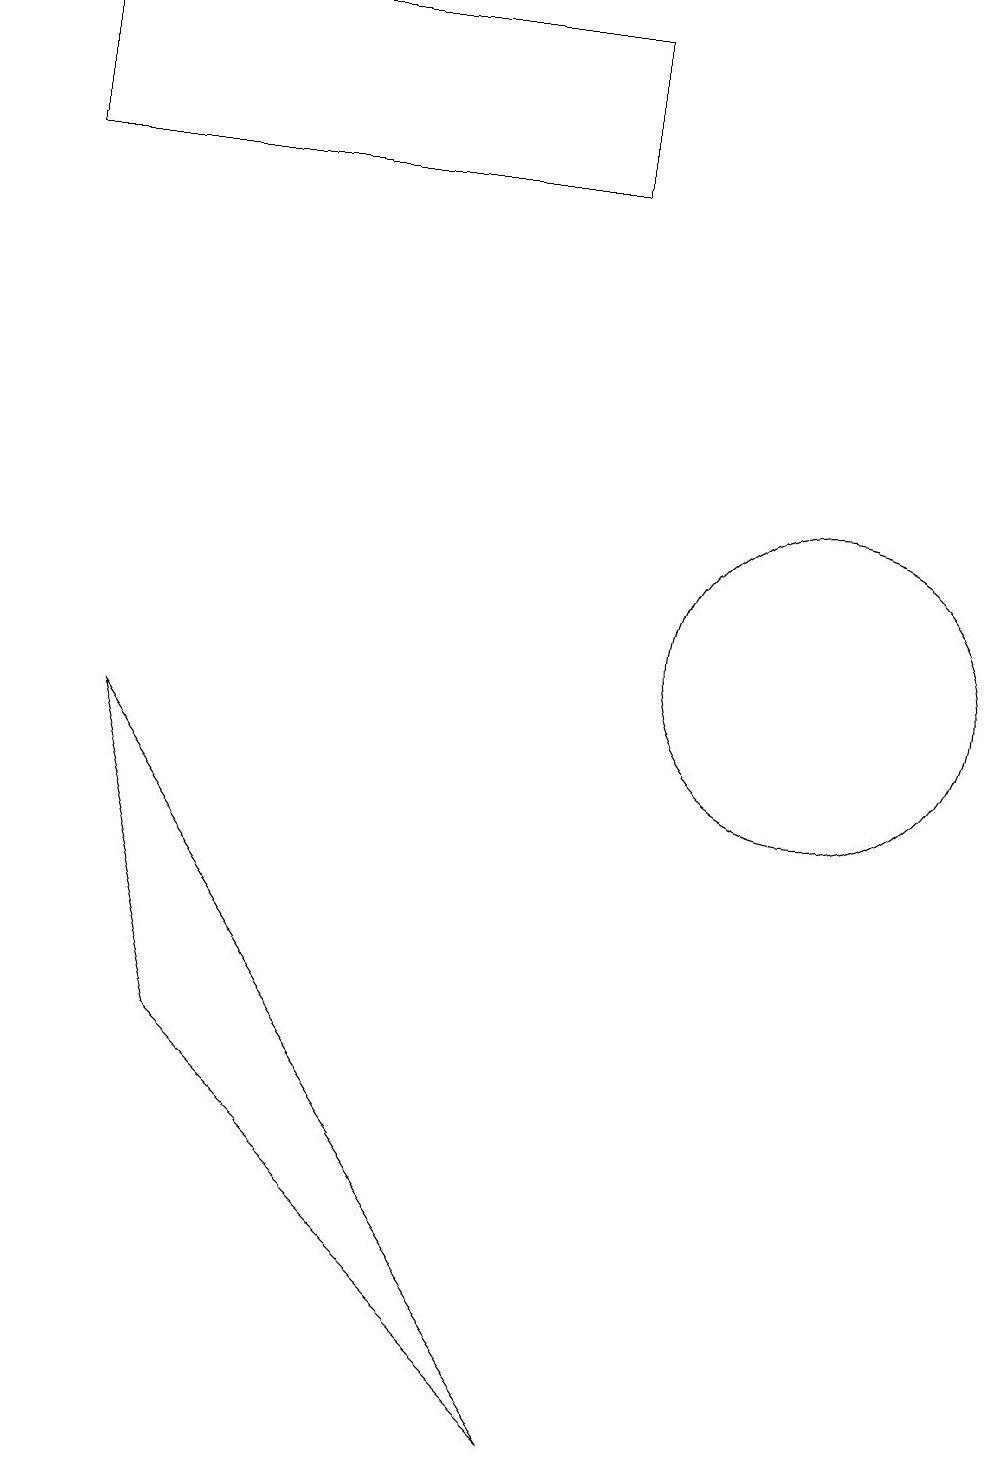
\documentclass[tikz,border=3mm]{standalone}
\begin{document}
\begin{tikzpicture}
\draw (12,10) circle (2);
\draw (9,0) -- (4,5) -- (3,9) -- cycle;
\draw (2,18) rectangle (9,16);
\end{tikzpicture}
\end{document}